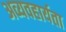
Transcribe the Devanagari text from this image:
अव्यवहार्यता